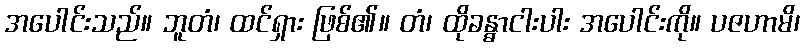
အပေါင်းသည်။ ဘူတံ၊ ထင်ရှား ဖြစ်၏။ တံ၊ ထိုခန္ဓာငါးပါး အပေါင်းကို။ ပဇဟာမိ၊